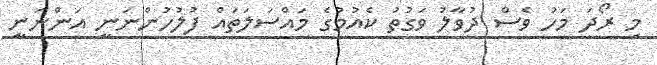
މި ރޯދަ މަހު ވެސް ދުވާލު ވަގުތު ކެއުމުގެ މައްސަލަތައް ފުލުހުންނަނީ އަންނަނީ